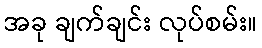
အခု ချက်ချင်း လုပ်စမ်း။